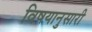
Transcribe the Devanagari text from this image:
विषयानुसारी